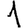
Digit: 1